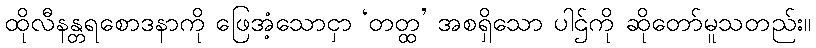
ထိုလီနန္တရစောဒနာကို ဖြေအံ့သောငှာ ‘တတ္ထ’ အစရှိသော ပါဌ်ကို ဆိုတော်မူသတည်း။